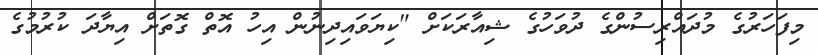
މިފަހަރުގެ މުދައްރިސުންގެ ދުވަހުގެ ޝިއާރަކަށް "ކިޔަވައިދިނުން އިހު އޮތް ގޮތަށް އިޔާދަ ކުރުމުގެ